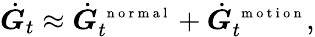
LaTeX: \dot{\boldsymbol G}_{t}\approx\dot{\boldsymbol G}_{t}^{\mathrm{~\scriptsize~n~o~r~m~a~l~}}+\dot{\boldsymbol G}_{t}^{\mathrm{~\scriptsize~m~o~t~i~o~n~}},